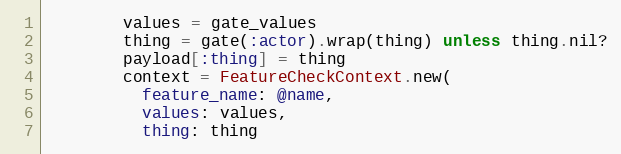
Language: Ruby
        values = gate_values
        thing = gate(:actor).wrap(thing) unless thing.nil?
        payload[:thing] = thing
        context = FeatureCheckContext.new(
          feature_name: @name,
          values: values,
          thing: thing